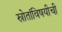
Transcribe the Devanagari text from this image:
स्रोतांविषयीची